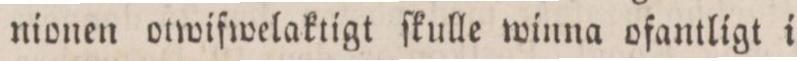
nionen otwifwelaktigt ſkulle winna ofantligt i